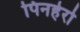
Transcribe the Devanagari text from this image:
पिनहेरो